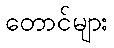
တောင်များ